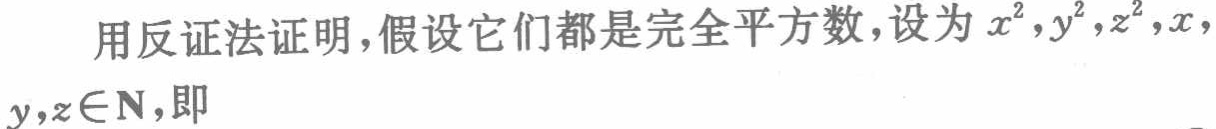
用反证法证明,假设它们都是完全平方数,设为\(x^{2},y^{2},z^{2},x,y,z\in\mathbb{N}\),即